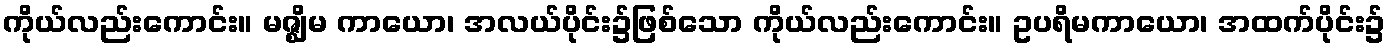
ကိုယ်လည်းကောင်း။ မဇ္ဈိမ ကာယော၊ အလယ်ပိုင်း၌ဖြစ်သော ကိုယ်လည်းကောင်း။ ဥပရိမကာယော၊ အထက်ပိုင်း၌